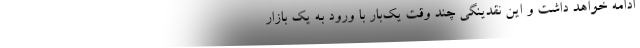
ادامه خواهد داشت و این نقدینگی چند وقت یک‌بار با ورود به یک بازار